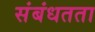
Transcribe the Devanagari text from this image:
संबंधतता